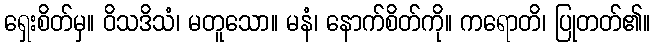
ရှေးစိတ်မှ။ ဝိသဒိသံ၊ မတူသော။ မနံ၊ နောက်စိတ်ကို။ ကရောတိ၊ ပြုတတ်၏။